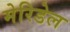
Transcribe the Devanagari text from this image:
मेरिडेल